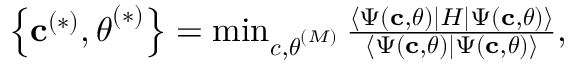
\begin{array} { r } { \left\{ \mathbf { c } ^ { ( * ) } , \boldsymbol { \theta } ^ { ( * ) } \right\} = \operatorname* { m i n } _ { \boldsymbol { c } , \boldsymbol { { \theta } } ^ { ( M ) } } \frac { \langle \Psi \left( \mathbf { c } , \boldsymbol { \theta } \right) \rvert H \lvert \Psi \left( \mathbf { c } , \boldsymbol { \theta } \right) \rangle } { \langle \Psi \left( \mathbf { c } , \boldsymbol { \theta } \right) \vert \Psi \left( \mathbf { c } , \boldsymbol { \theta } \right) \rangle } , } \end{array}